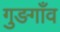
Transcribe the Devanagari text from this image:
गुङगाँव